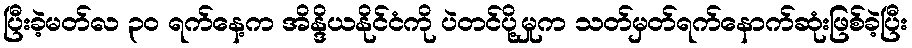
ပြီးခဲ့မတ်လ ၃၀ ရက်နေ့က အိန္ဒိယနိုင်ငံကို ပဲတင်ပို့မှုက သတ်မှတ်ရက်နောက်ဆုံးဖြစ်ခဲ့ပြီး